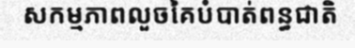
សកម្មភាពលួចគៃបំបាត់ពន្ធជាតិ